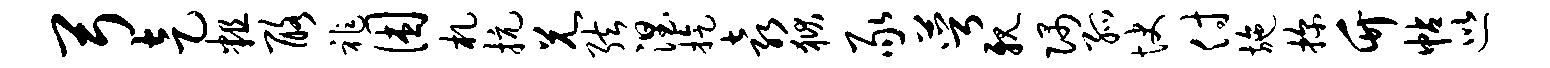
弓走粗酪祚困札抗兄弦涅旋袁狱豕萼亲隅孤快付施探竹帖巡